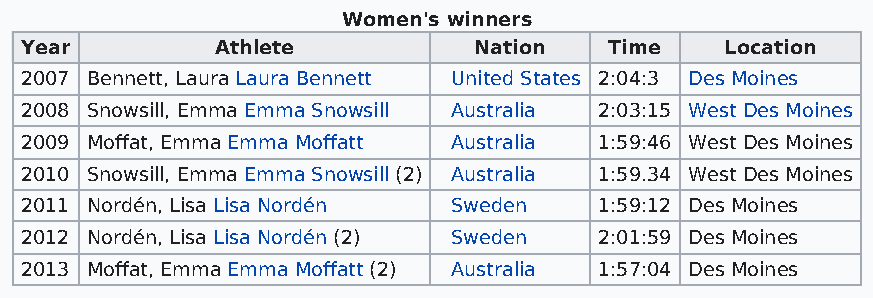
Women's winners
 Year         Athlete          Nation   Time    Location
 2007 Bennett, Laura Laura Bennett United States 2:04:3 Des Moines
 2008 Snowsill, Emma Emma Snowsill Australia 2:03:15 West Des Moines
 2009 Moffat, Emma Emma Moffatt Australia 1:59:46 West Des Moines
 2010 Snowsill, Emma Emma Snowsill (2) Australia 1:59.34 West Des Moines
 2011 Nordén, Lisa Lisa Nordén Sweden   1:59:12 Des Moines
 2012 Nordén, Lisa Lisa Nordén (2) Sweden 2:01:59 Des Moines
 2013 Moffat, Emma Emma Moffatt (2) Australia 1:57:04 Des Moines